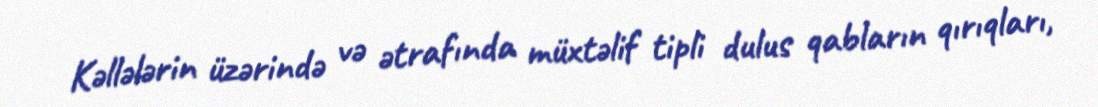
Kəllələrin üzərində və ətrafında müxtəlif tipli dulus qabların qırıqları,